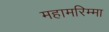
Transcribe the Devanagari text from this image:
महामरिम्मा